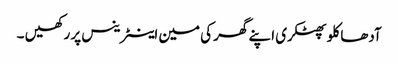
آدھا کلو پھٹکری اپنے گھر کی مین اینٹرینس پر رکھیں ۔